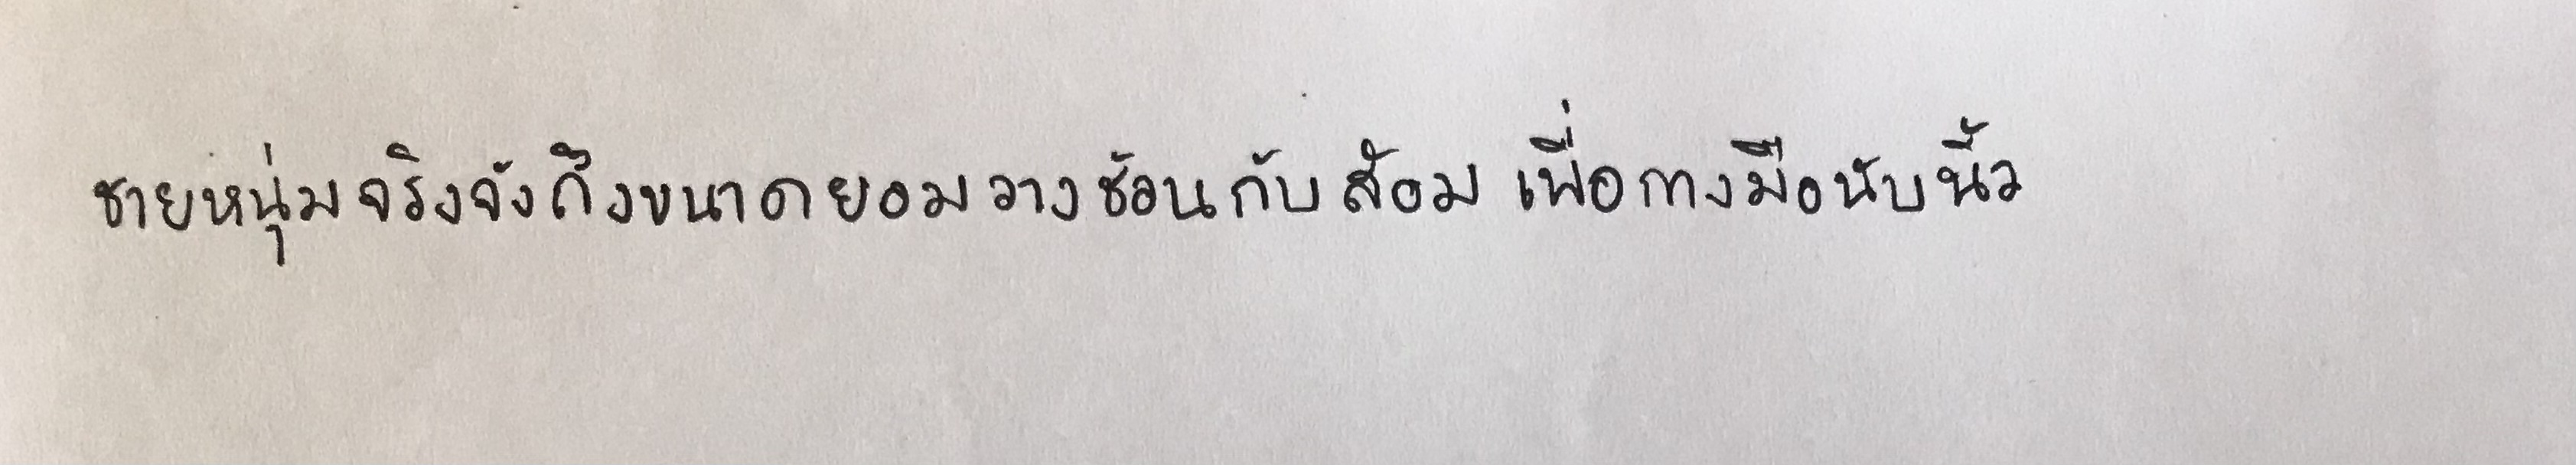
ชายหนุ่มจริงจังถึงขนาดยอมวางช้อนกับส้อมเพื่อกางมือนับนิ้ว